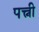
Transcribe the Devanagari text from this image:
पत्त्नी